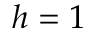
h = 1